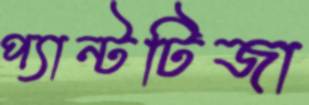
প্যান্টটিজা